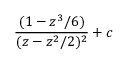
{ \frac { ( 1 - z ^ { 3 } / 6 ) } { ( z - z ^ { 2 } / 2 ) ^ { 2 } } } + c